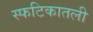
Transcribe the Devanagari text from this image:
स्फटिकातली